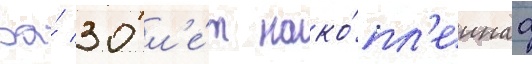
За́ 30 л'е́т нако́пл'еннаа